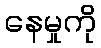
နေမှုကို